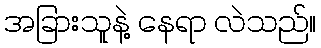
အခြားသူနဲ့ နေရာ လဲသည်။